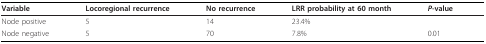
<table><thead><tr><td><b>Variable</b></td><td><b>Locoregional recurrence</b></td><td><b>No recurrence</b></td><td><b>LRR probability at 60 month</b></td><td><b><i>P</i>-value</b></td></tr></thead><tbody><tr><td>Node positive</td><td>5</td><td>14</td><td>23.4%</td><td></td></tr><tr><td>Node negative</td><td>5</td><td>70</td><td>7.8%</td><td>0.01</td></tr></tbody></table>